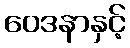
ဝေဒနာနှင့်